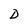
Character: D